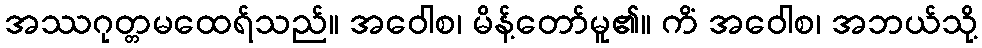
အဿဂုတ္တမထေရ်သည်။ အဝေါစ၊ မိန့်တော်မူ၏။ ကိံ အဝေါစ၊ အဘယ်သို့